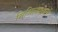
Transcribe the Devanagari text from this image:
मिथिलाक्षरमें